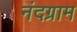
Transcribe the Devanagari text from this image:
नंदग्राम